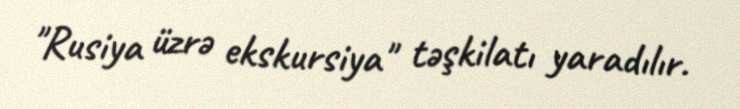
"Rusiya üzrə ekskursiya" təşkilatı yaradılır.